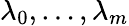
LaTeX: \lambda_{0},\ldots,\lambda_{m}